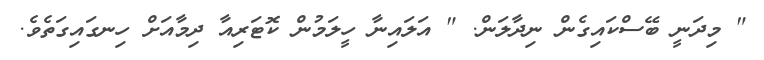
" މިދަނީ ބޭސްކައިގެން ނިދާލަން. " އަލައިނާ ހީލަމުން ކޮޓަރިއާ ދިމާއަށް ހިނގައިގަތެވެ.